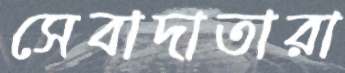
সেবাদাতারা